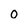
Character: 0